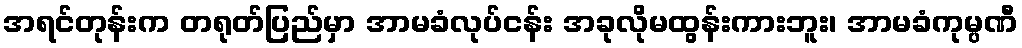
အရင်တုန်းက တရုတ်ပြည်မှာ အာမခံလုပ်ငန်း အခုလိုမထွန်းကားဘူး၊ အာမခံကုမ္ပဏီ